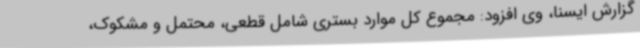
گزارش ایسنا، وی افزود: مجموع کل موارد بستری شامل قطعی، محتمل و مشکوک،